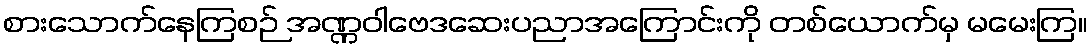
စားသောက်နေကြစဉ် အဏ္ဏဝါဗေဒဆေးပညာအကြောင်းကို တစ်ယောက်မှ မမေးကြ။